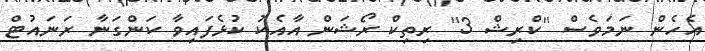
އެހެން ނަމަވެސް ''ކްރިޝް 3'' ރިތިކް ރޯޝަން އާއެކު ކުޅެފައިވާ ކަންގަނާ ރަނައުޓް